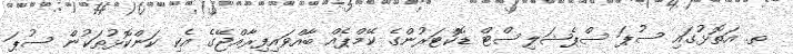
ތ. އަތޮޅުގައި ސުޕަ ސްޕެޝަލިސްޓް ޑޮކްޓަރުންގެ ކޭމްޕެއް ބާއްވައިފިރާއްޖޭގެ އެކި ކަންކޮޅުތަކުން ސުޕަ